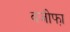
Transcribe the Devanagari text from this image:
वजीफा़